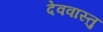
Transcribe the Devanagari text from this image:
देववास्तु